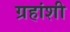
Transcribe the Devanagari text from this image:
ग्रहांशी